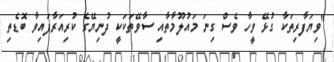
"ވިޔަފާރިތަކާ ގުޅޭ ވީހާ ވެސް ގިނަ މައުލޫމާތާއި ސާވޭތަކަކީ ދުނިޔޭގެ ކުރިއަރާފައިވާ ބޮޑެތި